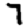
Digit: 7